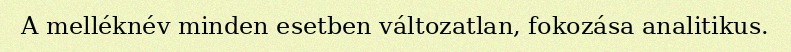
A melléknév minden esetben változatlan, fokozása analitikus.